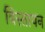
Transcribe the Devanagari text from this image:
विस्तापन